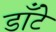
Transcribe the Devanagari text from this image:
डाँटे